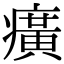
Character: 癀